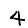
Digit: 4